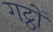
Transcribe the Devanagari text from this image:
गट्ठों